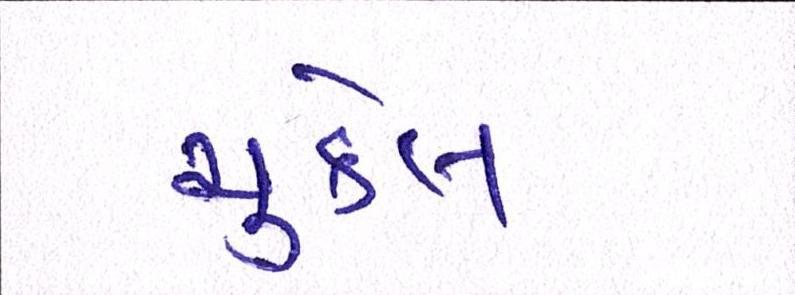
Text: ચુકેલ